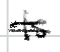
Text: is
Cross-out: double-line
Writing tool: digital_black